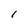
Character: 1